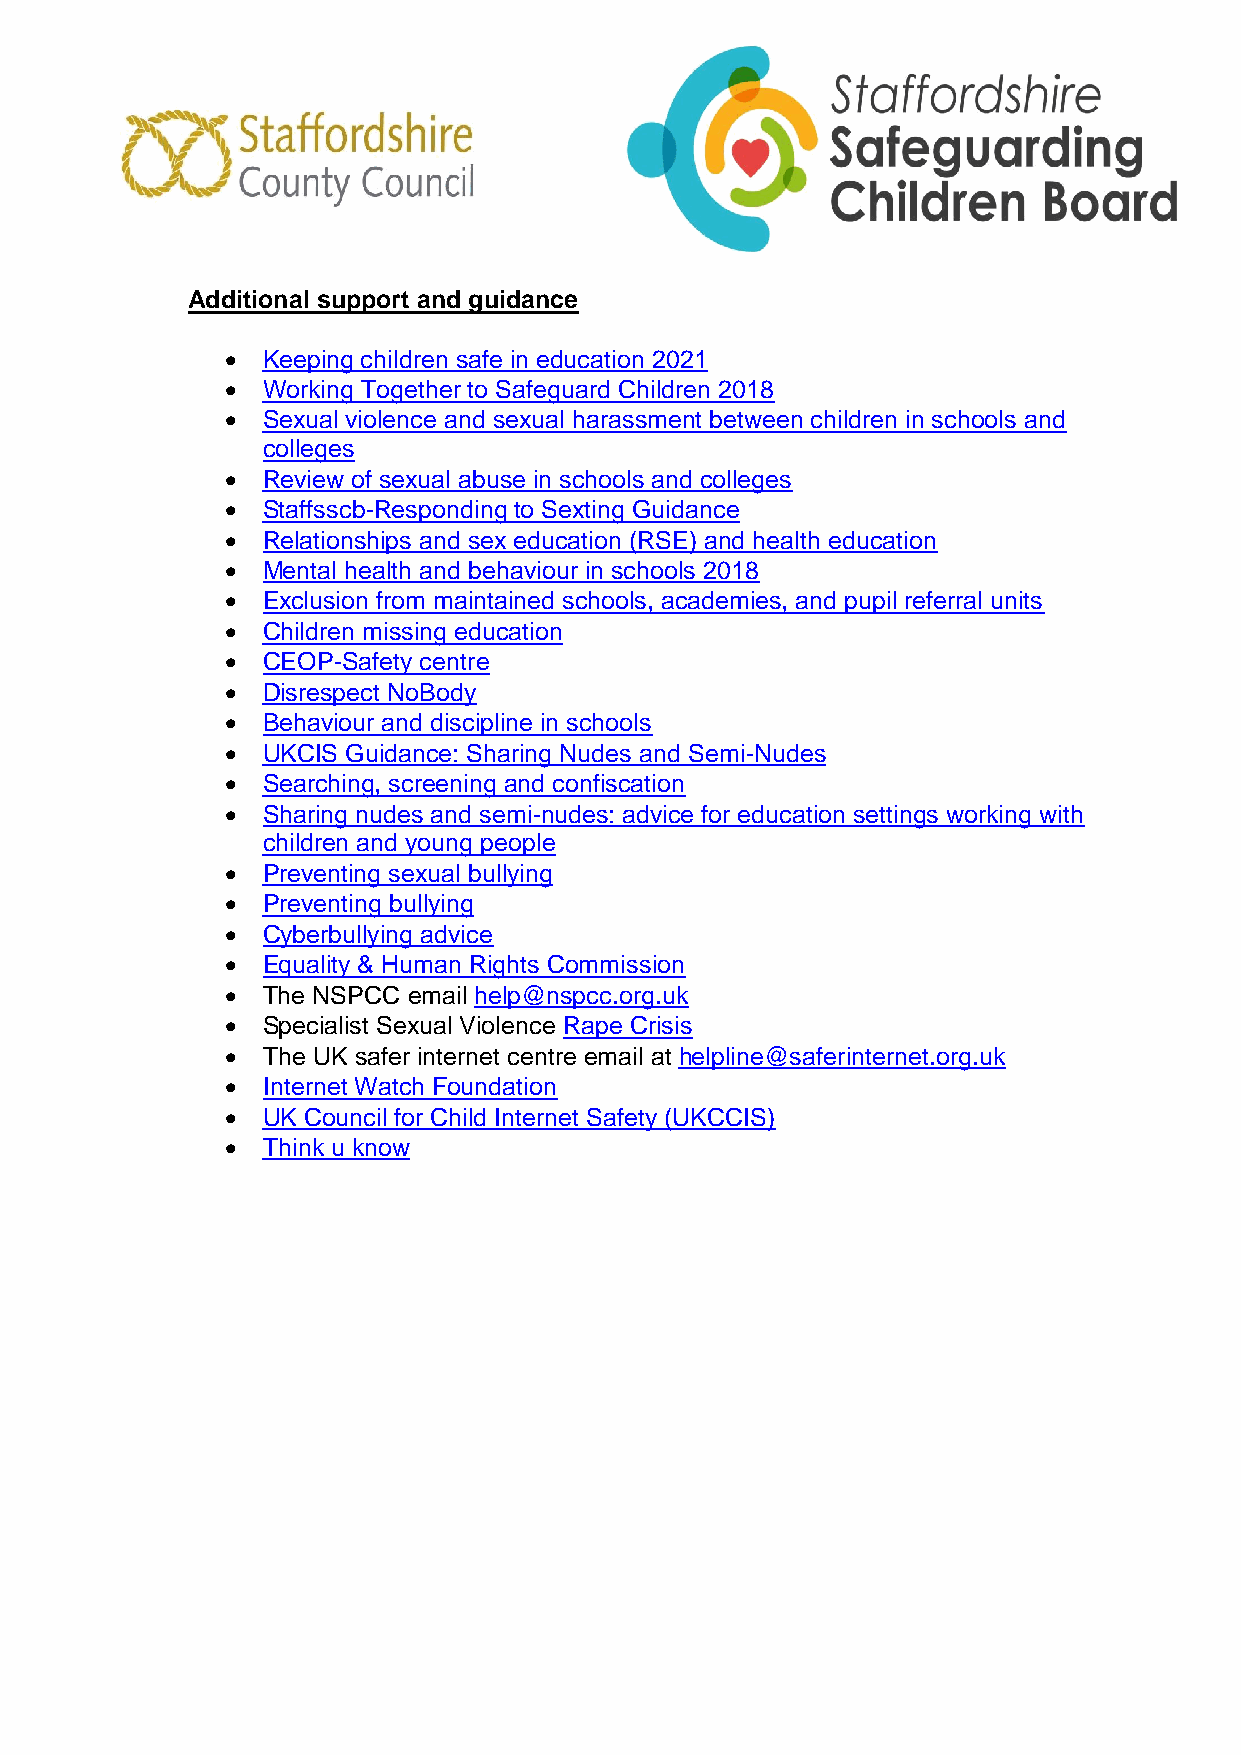
Additional support and guidance
  Keeping children safe in education 2021
  Working Together to Safeguard Children 2018
  Sexual violence and sexual harassment between children in schools and
 colleges
  Review of sexual abuse in schools and colleges
  Staffsscb-Responding to Sexting Guidance
  Relationships and sex education (RSE) and health education
  Mental health and behaviour in schools 2018
  Exclusion from maintained schools, academies, and pupil referral units
  Children missing education
  CEOP-Safety centre
  Disrespect NoBody
  Behaviour and discipline in schools
  UKCIS Guidance: Sharing Nudes and Semi-Nudes
  Searching, screening and confiscation
  Sharing nudes and semi-nudes: advice for education settings working with
 children and young people
  Preventing sexual bullying
  Preventing bullying
  Cyberbullying advice
  Equality & Human Rights Commission
  The NSPCC email help@nspcc.org.uk
  Specialist Sexual Violence Rape Crisis
  The UK safer internet centre email at helpline@saferinternet.org.uk
  Internet Watch Foundation
  UK Council for Child Internet Safety (UKCCIS)
  Think u know